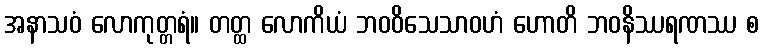
အနာသဝံ လောကုတ္တရံ။ တတ္ထ လောကိယံ ဘဝဝိသေသာဝဟံ ဟောတိ ဘဝနိဿရဏဿ စ